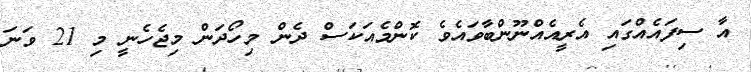
އާ ސިފައެއްގައި އެރީއެއްނޫންބާވައެވެ ކޮންމެއަކަސް ދެން މިހޯދަން މިޖެހެނީ މި 21 ވަނަ